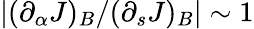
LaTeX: |(\partial_{\alpha}J)_{B}/(\partial_{s}J)_{B}|\sim 1